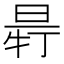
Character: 𣆽